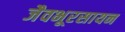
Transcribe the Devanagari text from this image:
जैवभूरसायन